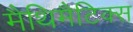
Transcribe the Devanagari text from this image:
मैथिमैटिक्स